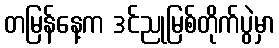
တမြန်နေ့က ဒင်ညုမြစ်တိုက်ပွဲမှာ